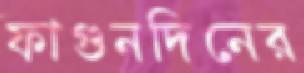
ফাগুনদিনের